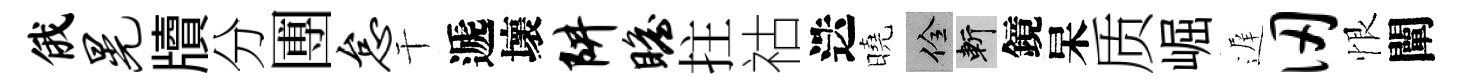
俄晃牘分圑怠干遞壞阱瞻拄祜迭曉佺斬鏡杲质崛遅仞恨闡